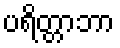
ပရိတ္တာဘာ